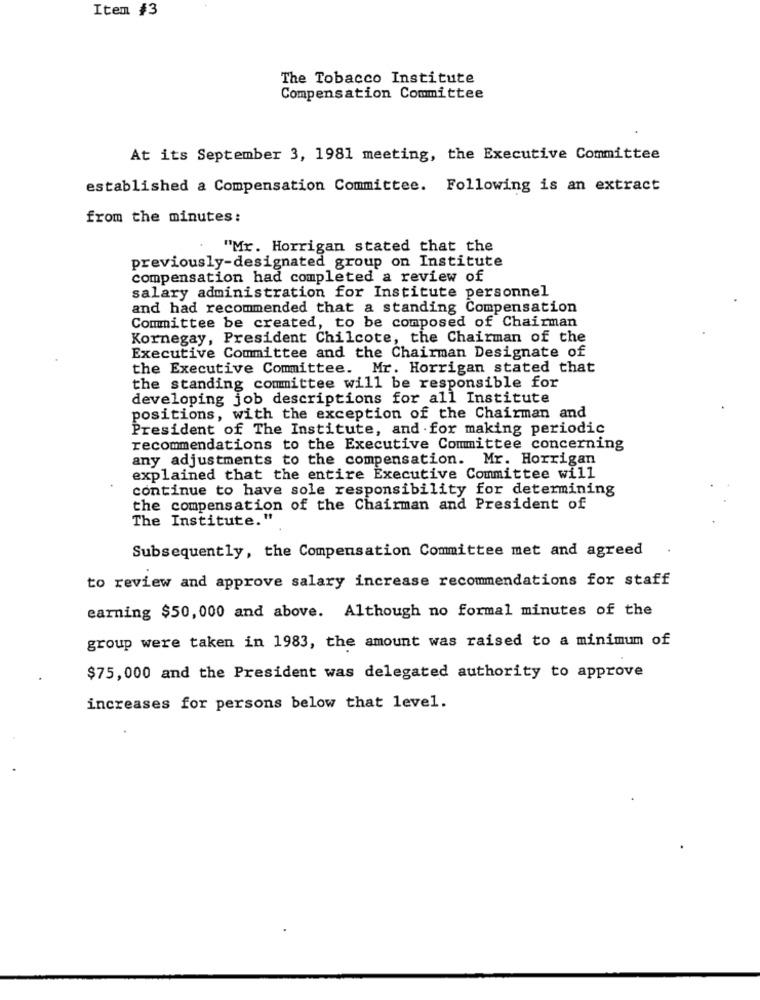
Item #3
The Tobacco Institute
Compensation Committee
At its September 3, 1981 meeting, the Executive Committee
established a Compensation Committee. Following is an extract
from the minutes:
"Mr. Horrigan stated that the
previously-designated group on Institute
compensation had completed a review of
salary administration for Institute personnel
and had recommended that a standing Compensation
Committee be created, to be composed of Chairman
Kornegay, President Chilcote, the Chairman of the
Executive Committee and the Chairman Designate of
the Executive Committee. Mr. Horrigan stated that
the standing committee will be responsible for
developing job descriptions for all Institute
positions, with the exception of the Chairman and
President of The Institute, and for making periodic
recommendations to the Executive Committee concerning
any adjustments to the compensation. Mr. Horrigan
explained that the entire Executive Committee will
continue to have sole responsibility for determining
the compensation of the Chairman and President of
The Institute."
Subsequently, the Compensation Committee met and agreed
to review and approve salary increase recommendations for staff
earning $50,000 and above. Although no formal minutes of the
group were taken in 1983, the amount was raised to a minimum of
$75,000 and the President was delegated authority to approve
increases for persons below that level.